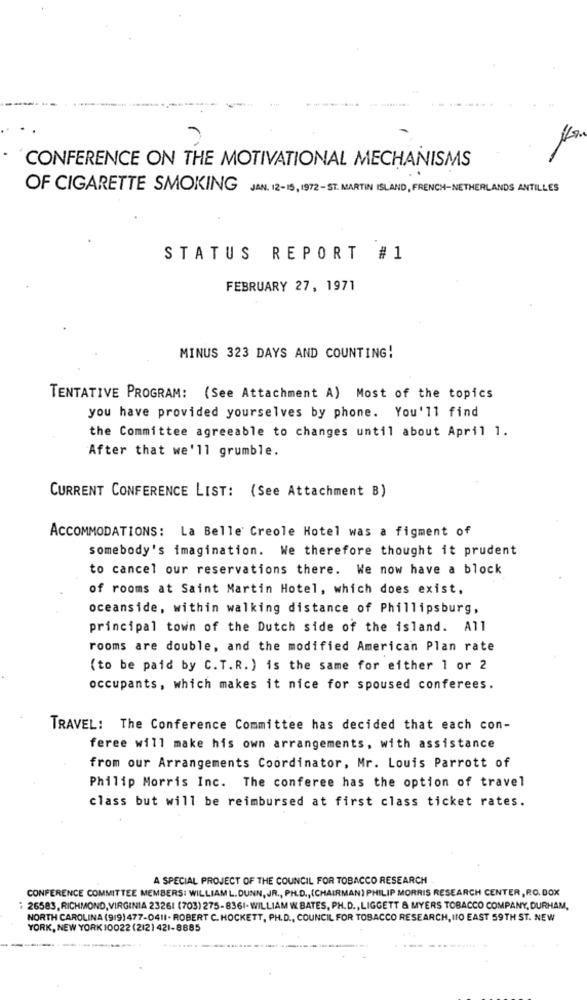
CONFERENCE ON THE MOTIVATIONAL MECHANISMS
OF CIGARETTE SMOKING JAN. 12- 15, 1972- ST. MARTIN ISLAND, FRENCH-NETHERLANDS ANTILLES
STATUS REPORT # 1
FEBRUARY 27, 1971
MINUS 323 DAYS AND COUNTING!
TENTATIVE PROGRAM: (See Attachment A) Most of the topics
you have provided yourselves by phone. You'll find
the Committee agreeable to changes until about April 1.
After that we'll grumble.
CURRENT CONFERENCE LIST: (See Attachment B)
ACCOMMODATIONS: La Belle' Creole Hotel was a figment of
somebody's imagination. We therefore thought it prudent
to cancel our reservations there. We now have a block
of rooms at Saint Martin Hotel, which does exist,
oceanside, within walking distance of Phillipsburg,
principal town of the Dutch side of the island. All
rooms are double, and the modified American Plan rate
(to be paid by C. T.R. ) is the same for either 1 or 2
occupants, which makes it nice for spoused conferees.
TRAVEL: The Conference Committee has decided that each con-
feree will make his own arrangements, with assistance
from our Arrangements Coordinator, Mr. Louis Parrott of
Philip Morris Inc. The conferee has the option of travel
class but will be reimbursed at first class ticket rates.
A SPECIAL PROJECT OF THE COUNCIL FOR TOBACCO RESEARCH
CONFERENCE COMMITTEE MEMBERS: WILLIAML.DUNN, JR ., PH.D ., (CHAIRMAN) PHILIP MORRIS RESEARCH CENTER, R.O.BOX
: 26583, RICHMOND, VIRGINIA 23261 (703) 275-8361-WILLIAM W. BATES, PH.D ., LIGGETT & MYERS TOBACCO COMPANY, DURHAM,
NORTH CAROLINA (9(9)477-0411- ROBERT C. HOCKETT, PH.D ., COUNCIL FOR TOBACCO RESEARCH, IIO EAST 59TH ST. NEW
YORK, NEW YORK 10022 (212) 421-8885